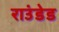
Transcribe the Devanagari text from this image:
राउंडेड